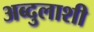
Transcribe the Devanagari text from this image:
अब्दुलाशी